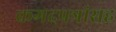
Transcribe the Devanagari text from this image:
कगदपत्रांसह